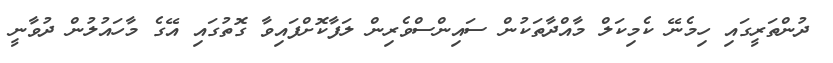
ދުންތަރީގައި ހިމެނޭ ކެމިކަލް މާއްދާތަކުން ސައިންސްވެރިން ލަފާކޮށްފައިވާ ގޮތުގައި އޭގެ މާހައުލުން ދުވާނީ